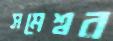
সমেশ্বর